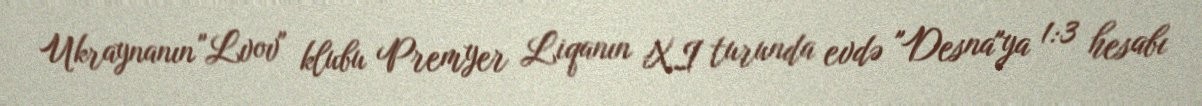
Ukraynanın "Lvov" klubu Premyer Liqanın XI turunda evdə "Desna"ya 1:3 hesabı